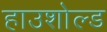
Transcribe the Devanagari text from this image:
हाउशोल्ड